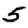
Digit: 5